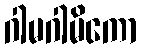
ဂါမဂါမိကော